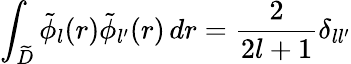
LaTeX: \int_{\widetilde{D}}\tilde{\phi}_{l}(r)\tilde{\phi}_{l^{\prime}}(r)\, dr=\frac{2}{2l+1}\delta_{ll^{\prime}}